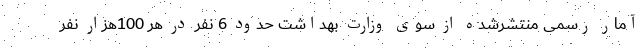
آمار رسمی منتشرشده از سوی وزارت بهداشت حدود 6 نفر در هر 100هزار نفر